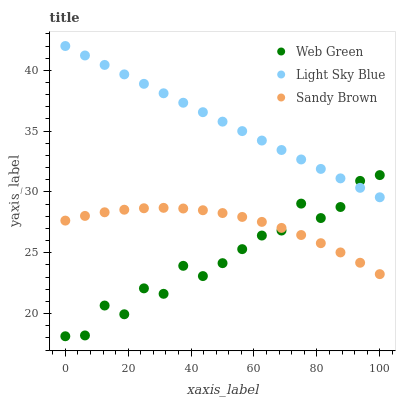
| xaxis_label | Web Green | Light Sky Blue | Sandy Brown |
 | --- | --- | --- | --- |
 | 0 | 18.1 | 42 | 27.6 |
 | 6.25 | 18.2 | 41.2 | 28 |
 | 12.5 | 20.7 | 40.4 | 28.3 |
 | 18.8 | 19.9 | 39.7 | 28.5 |
 | 25 | 22.1 | 38.9 | 28.7 |
 | 31.2 | 21.6 | 38.1 | 28.7 |
 | 37.5 | 23.9 | 37.3 | 28.6 |
 | 43.8 | 23.1 | 36.6 | 28.5 |
 | 50 | 24.1 | 35.8 | 28.3 |
 | 56.2 | 25.3 | 35 | 27.9 |
 | 62.5 | 26.4 | 34.2 | 27.5 |
 | 68.8 | 26.8 | 33.5 | 27 |
 | 75 | 29 | 32.7 | 26.5 |
 | 81.2 | 27.9 | 31.9 | 25.8 |
 | 87.5 | 28.8 | 31.1 | 25 |
 | 93.8 | 30.9 | 30.3 | 24.2 |
 | 100 | 31.4 | 29.6 | 23.2 |